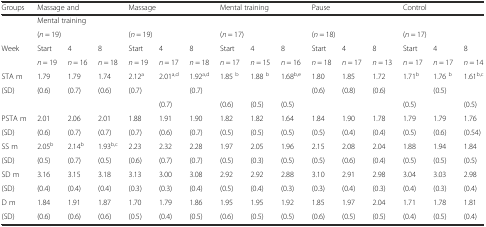
<table><thead><tr><td><b>Groups</b></td><td colspan="3"><b>Massage and</b></td><td colspan="3"><b>Massage</b></td><td colspan="3"><b>Mental training</b></td><td colspan="3"><b>Pause</b></td><td colspan="3"><b>Control</b></td></tr></thead><tbody><tr><td></td><td colspan="3">Mental training</td><td colspan="3"></td><td colspan="3"></td><td colspan="3"></td><td colspan="3"></td></tr><tr><td></td><td colspan="3">(<i>n</i> = 19)</td><td colspan="3">(<i>n</i> = 19)</td><td colspan="3">(<i>n</i> = 17)</td><td colspan="3">(<i>n</i> = 18)</td><td colspan="3">(<i>n</i> = 17)</td></tr><tr><td>Week</td><td>Start</td><td>4</td><td>8</td><td>Start</td><td>4</td><td>8</td><td>Start</td><td>4</td><td>8</td><td>Start</td><td>4</td><td>8</td><td>Start</td><td>4</td><td>8</td></tr><tr><td></td><td><i>n</i> = 19</td><td><i>n</i> = 16</td><td><i>n</i> = 18</td><td><i>n</i> = 19</td><td><i>n</i> = 17</td><td><i>n</i> = 18</td><td><i>n</i> = 17</td><td><i>n</i> = 15</td><td><i>n</i> = 16</td><td><i>n</i> = 18</td><td><i>n</i> = 17</td><td><i>n</i> = 13</td><td><i>n</i> = 17</td><td><i>n</i> = 17</td><td><i>n</i> = 14</td></tr><tr><td>STA m</td><td>1.79</td><td>1.79</td><td>1.74</td><td>2.12<sup>a</sup></td><td>2.01<sup>a,d</sup></td><td>1.92<sup>a,d</sup></td><td>1.85 <sup>b</sup></td><td>1.88 <sup>b</sup></td><td>1.68<sup>b,e</sup></td><td>1.80</td><td>1.85</td><td>1.72</td><td>1.71<sup>b</sup></td><td>1.76 <sup>b</sup></td><td>1.61<sup>b,c</sup></td></tr><tr><td>(SD)</td><td>(0.6)</td><td>(0.7)</td><td>(0.6)</td><td>(0.7)</td><td></td><td>(0.7)</td><td></td><td></td><td></td><td>(0.6)</td><td>(0.8)</td><td>(0.6)</td><td></td><td>(0.5)</td><td></td></tr><tr><td></td><td></td><td></td><td></td><td></td><td>(0.7)</td><td></td><td>(0.6)</td><td>(0.5)</td><td>(0.5)</td><td></td><td></td><td></td><td>(0.5)</td><td></td><td>(0.5)</td></tr><tr><td>PSTA m</td><td>2.01</td><td>2.06</td><td>2.01</td><td>1.88</td><td>1.91</td><td>1.90</td><td>1.82</td><td>1.82</td><td>1.64</td><td>1.84</td><td>1.90</td><td>1.78</td><td>1.79</td><td>1.79</td><td>1.76</td></tr><tr><td>(SD)</td><td>(0.6)</td><td>(0.7)</td><td>(0.7)</td><td>(0.7)</td><td>(0.6)</td><td>(0.7)</td><td>(0.5)</td><td>(0.5)</td><td>(0.5)</td><td>(0.5)</td><td>(0.4)</td><td>(0.4)</td><td>(0.5)</td><td>(0.6)</td><td>(0.54)</td></tr><tr><td>SS m</td><td>2.05<sup>b</sup></td><td>2.14<sup>b</sup></td><td>1.93<sup>b,c</sup></td><td>2.23</td><td>2.32</td><td>2.28</td><td>1.97</td><td>2.05</td><td>1.96</td><td>2.15</td><td>2.08</td><td>2.04</td><td>1.88</td><td>1.94</td><td>1.84</td></tr><tr><td>(SD)</td><td>(0.5)</td><td>(0.7)</td><td>(0.5)</td><td>(0.6)</td><td>(0.7)</td><td>(0.7)</td><td>(0.5)</td><td>(0.3)</td><td>(0.5)</td><td>(0.5)</td><td>(0.6)</td><td>(0.4)</td><td>(0.5)</td><td>(0.5)</td><td>(0.5)</td></tr><tr><td>SD m</td><td>3.16</td><td>3.15</td><td>3.18</td><td>3.13</td><td>3.00</td><td>3.08</td><td>2.92</td><td>2.92</td><td>2.88</td><td>3.10</td><td>2.91</td><td>2.98</td><td>3.04</td><td>3.03</td><td>2.98</td></tr><tr><td>(SD)</td><td>(0.4)</td><td>(0.4)</td><td>(0.4)</td><td>(0.3)</td><td>(0.3)</td><td>(0.4)</td><td>(0.5)</td><td>(0.4)</td><td>(0.3)</td><td>(0.3)</td><td>(0.4)</td><td>(0.3)</td><td>(0.4)</td><td>(0.3)</td><td>(0.4)</td></tr><tr><td>D m</td><td>1.84</td><td>1.91</td><td>1.87</td><td>1.70</td><td>1.79</td><td>1.86</td><td>1.95</td><td>1.95</td><td>1.92</td><td>1.85</td><td>1.97</td><td>2.04</td><td>1.71</td><td>1.78</td><td>1.81</td></tr><tr><td>(SD)</td><td>(0.6)</td><td>(0.6)</td><td>(0.6)</td><td>(0.5)</td><td>(0.4)</td><td>(0.5)</td><td>(0.6)</td><td>(0.5)</td><td>(0.5)</td><td>(0.6)</td><td>(0.5)</td><td>(0.5)</td><td>(0.4)</td><td>(0.5)</td><td>(0.4)</td></tr></tbody></table>